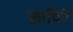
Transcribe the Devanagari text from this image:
क़ादिरे